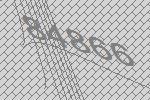
84866